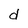
Character: d